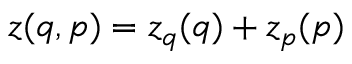
z ( q , p ) = z _ { q } ( q ) + z _ { p } ( p )